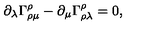
\partial _ { \lambda } \Gamma _ { \rho \mu } ^ { \rho } - \partial _ { \mu } \Gamma _ { \rho \lambda } ^ { \rho } = 0 ,